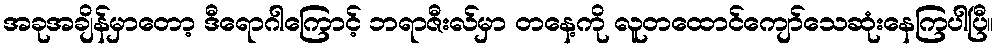
အခုအချိန်မှာတော့ ဒီရောဂါကြောင့် ဘရာဇီးလ်မှာ တနေ့ကို လူတထောင်ကျော်သေဆုံးနေကြပါပြီ။